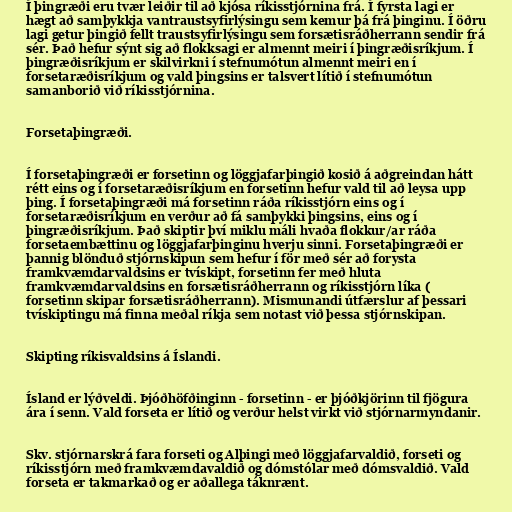
Í þingræði eru tvær leiðir til að kjósa ríkisstjórnina frá. Í fyrsta lagi er
hægt að samþykkja vantraustsyfirlýsingu sem kemur þá frá þinginu. Í öðru
lagi getur þingið fellt traustsyfirlýsingu sem forsætisráðherrann sendir frá
sér. Það hefur sýnt sig að flokksagi er almennt meiri í þingræðisríkjum. Í
þingræðisríkjum er skilvirkni í stefnumótun almennt meiri en í
forsetaræðisríkjum og vald þingsins er talsvert lítið í stefnumótun
samanborið við ríkisstjórnina.

Forsetaþingræði.

Í forsetaþingræði er forsetinn og löggjafarþingið kosið á aðgreindan hátt
rétt eins og í forsetaræðisríkjum en forsetinn hefur vald til að leysa upp
þing. Í forsetaþingræði má forsetinn ráða ríkisstjórn eins og í
forsetaræðisríkjum en verður að fá samþykki þingsins, eins og í
þingræðisríkjum. Það skiptir því miklu máli hvaða flokkur/ar ráða
forsetaembættinu og löggjafarþinginu hverju sinni. Forsetaþingræði er
þannig blönduð stjórnskipun sem hefur í för með sér að forysta
framkvæmdarvaldsins er tvískipt, forsetinn fer með hluta
framkvæmdarvaldsins en forsætisráðherrann og ríkisstjórn líka (
forsetinn skipar forsætisráðherrann). Mismunandi útfærslur af þessari
tvískiptingu má finna meðal ríkja sem notast við þessa stjórnskipan.

Skipting ríkisvaldsins á Íslandi.

Ísland er lýðveldi. Þjóðhöfðinginn - forsetinn - er þjóðkjörinn til fjögura
ára í senn. Vald forseta er lítið og verður helst virkt við stjórnarmyndanir.

Skv. stjórnarskrá fara forseti og Alþingi með löggjafarvaldið, forseti og
ríkisstjórn með framkvæmdavaldið og dómstólar með dómsvaldið. Vald
forseta er takmarkað og er aðallega táknrænt.